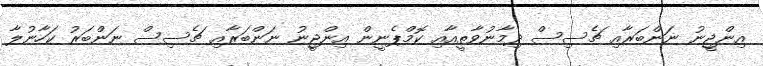
އިންޖީނު ނަންބަރާއި ޗެސިސް ދިމާނުވާތީއާއި ކޮމްޕެނީން އިންޖީނު ނަންބަރާއި ޗެސިސް ނަންބަރު ކަހާނުލާ